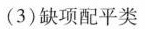
(3)缺项配平类